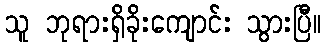
သူ ဘုရားရှိခိုးကျောင်း သွားပြီ။